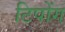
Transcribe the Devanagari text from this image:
टिपोंग